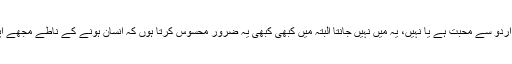
رہی بات اردو سے محبت کی تو مجھے اردو سے محبت ہے یا نہیں، یہ میں نہیں جانتا البتہ میں کبھی کبھی یہ ضرور محسوس کرتا ہوں کہ انسان ہونے کے ناطے مجھے اپنے اردگرد کے انسانوں سے محبت ہے۔